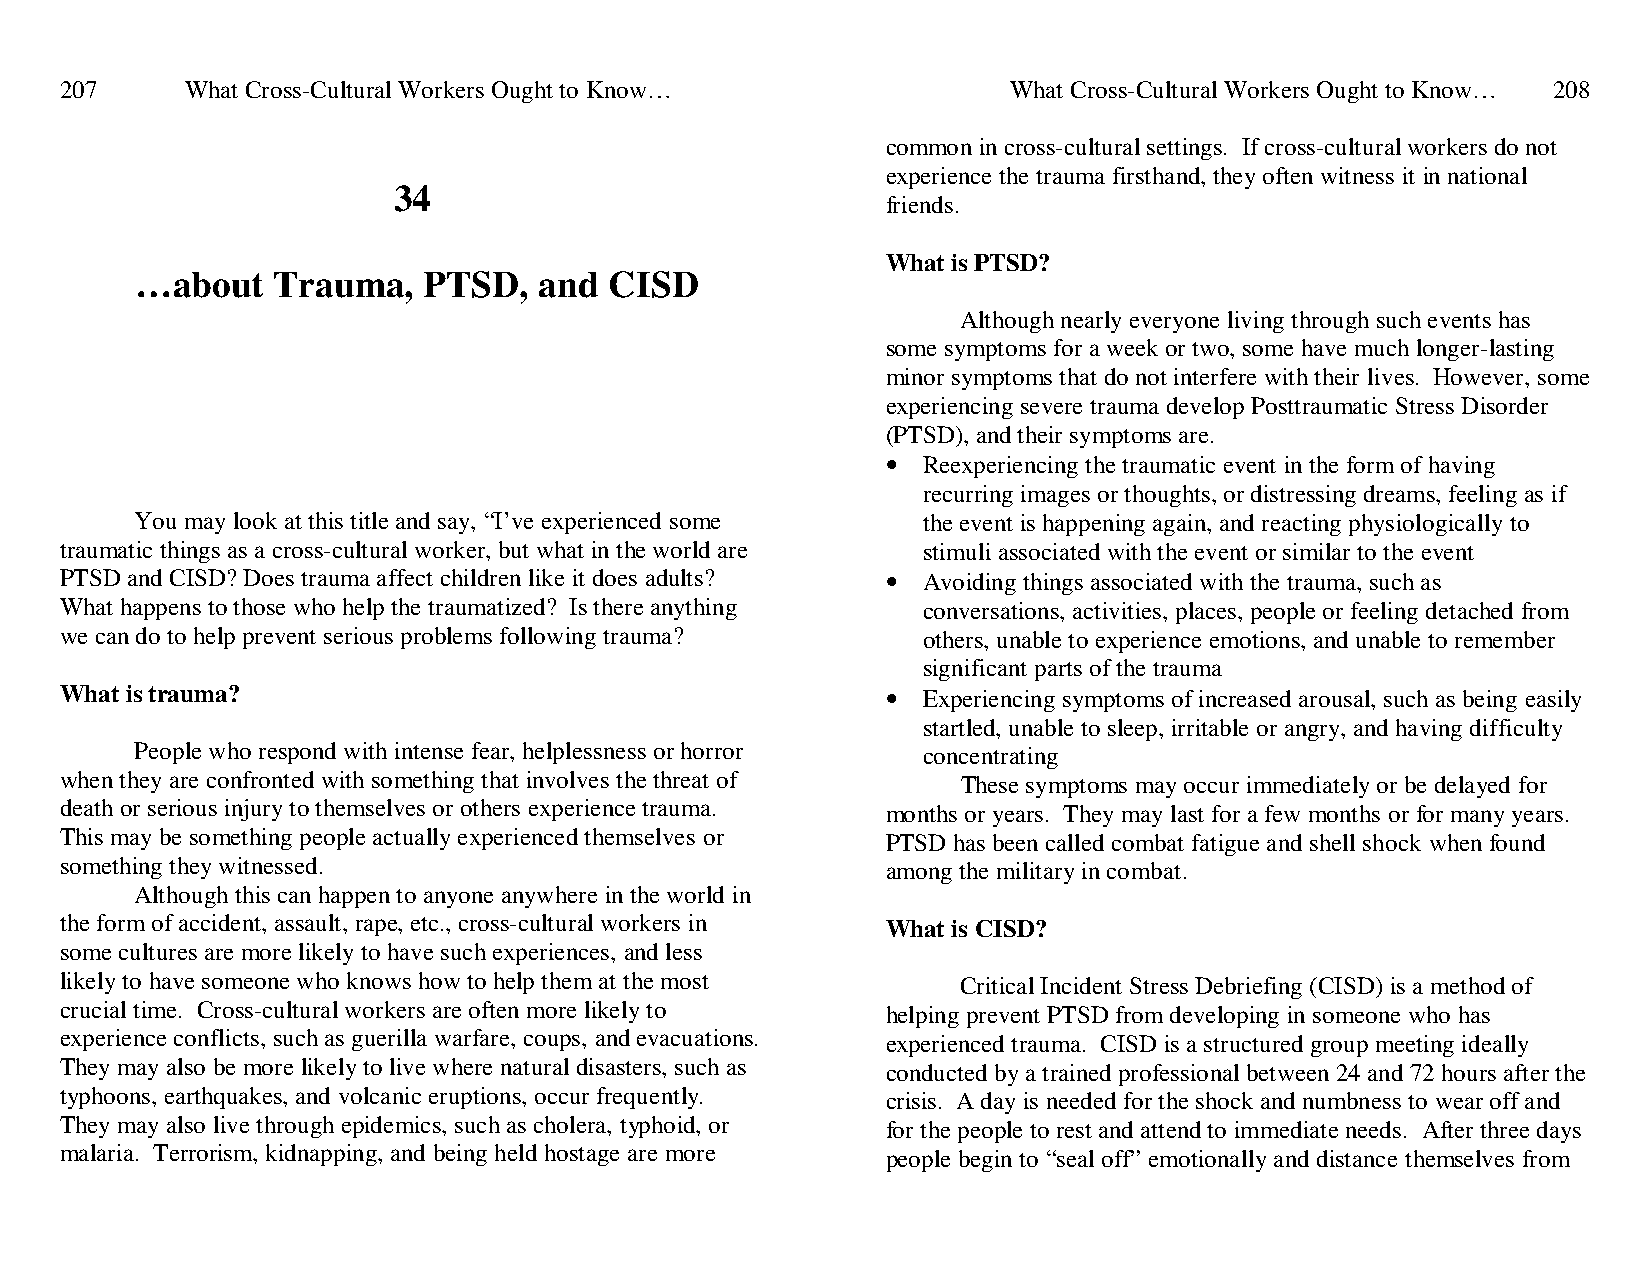
207     What Cross-Cultural Workers Ought to Know…             What Cross-Cultural Workers Ought to Know… 208
 common in cross-cultural settings. If cross-cultural workers do not
 experience the trauma firsthand, they often witness it in national
 34
 friends.
 What is PTSD?
 …about   Trauma,   PTSD,   and CISD
 Although nearly everyone living through such events has
 some symptoms for a week or two, some have much longer-lasting
 minor symptoms that do not interfere with their lives. However, some
 experiencing severe trauma develop Posttraumatic Stress Disorder
 (PTSD), and their symptoms are.
 • Reexperiencing the traumatic event in the form of having
 recurring images or thoughts, or distressing dreams, feeling as if
 You may look at this title and say, “I’ve experienced some the event is happening again, and reacting physiologically to
 traumatic things as a cross-cultural worker, but what in the world are stimuli associated with the event or similar to the event
 PTSD and CISD? Does trauma affect children like it does adults? • Avoiding things associated with the trauma, such as
 What happens to those who help the traumatized? Is there anything conversations, activities, places, people or feeling detached from
 we can do to help prevent serious problems following trauma? others, unable to experience emotions, and unable to remember
 significant parts of the trauma
 What is trauma?                                        • Experiencing symptoms of increased arousal, such as being easily
 startled, unable to sleep, irritable or angry, and having difficulty
 People who respond with intense fear, helplessness or horror concentrating
 when they are confronted with something that involves the threat of These symptoms may occur immediately or be delayed for
 death or serious injury to themselves or others experience trauma. months or years. They may last for a few months or for many years.
 This may be something people actually experienced themselves or PTSD has been called combat fatigue and shell shock when found
 something they witnessed.                              among the military in combat.
 Although this can happen to anyone anywhere in the world in
 the form of accident, assault, rape, etc., cross-cultural workers in What is CISD?
 some cultures are more likely to have such experiences, and less
 likely to have someone who knows how to help them at the most Critical Incident Stress Debriefing (CISD) is a method of
 crucial time. Cross-cultural workers are often more likely to helping prevent PTSD from developing in someone who has
 experience conflicts, such as guerilla warfare, coups, and evacuations. experienced trauma. CISD is a structured group meeting ideally
 They may also be more likely to live where natural disasters, such as conducted by a trained professional between 24 and 72 hours after the
 typhoons, earthquakes, and volcanic eruptions, occur frequently. crisis. A day is needed for the shock and numbness to wear off and
 They may also live through epidemics, such as cholera, typhoid, or for the people to rest and attend to immediate needs. After three days
 malaria. Terrorism, kidnapping, and being held hostage are more people begin to “seal off” emotionally and distance themselves from